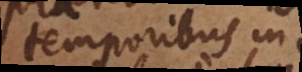
temporibus in